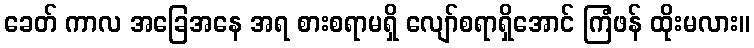
ခေတ် ကာလ အခြေအနေ အရ စားစရာမရှိ လျော်စရာရှိအောင် ကြံဖန် ထိုးမလား။